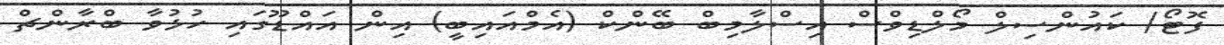
ފޮޓޯ/ ކައުންސިލް މޯލްޑިވްސް އިސްލާމިބް ބޭންކް (އެމްއައިބީ) އިން އައްޑޫގައި ހުޅުވާ ބްރާންޗް